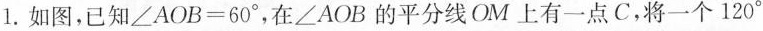
1.如图，已知$$∠ A O B = 6 0 °$$，在∠AOB的平分线OM上有一点C，将一个120°